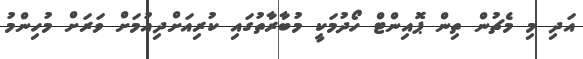
އަދި މި މެޗުން ތިން ޕޮއިންޓް ހޯދުމަކީ މުބާރާތުގައި ކުރިއަށްދިއުމަށް ވަރަށް މުހިންމު